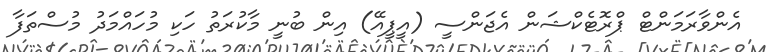
އެންވާރަމަންޓް ޕްރޮޓެކްޝަން އެޖަންސީ (އީޕީއޭ) އިން ބުނީ މާކުރަތު ހަކި މުހައްމަދު މުސްތަފާ